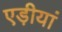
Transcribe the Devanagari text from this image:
एड़ीयां